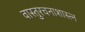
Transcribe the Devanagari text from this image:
वास्तुरचनाशास्त्न